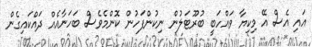
އައި އެސް އޭ މިކިޔާ ވައްހަބީ ބުރޫޓަލުން ނިކުންފަހުން ކޮންމެވެސް ބަހަނާއެއް ދައްކައިގެން